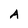
Character: A